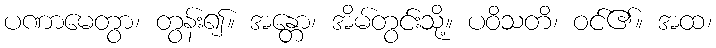
ပဏာမေတွာ၊ တွန်း၍။ အန္တော၊ အိမ်တွင်းသို့။ ပဝိသတိ၊ ဝင်၏။ အထ၊